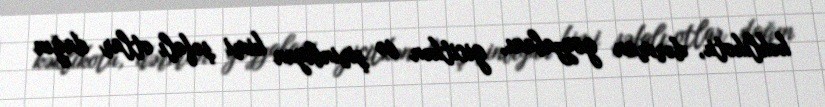
kəklikotu, dərman göyzabanı, gicitkən və şirinbiyan kimi şəfalı otlar dağın